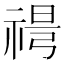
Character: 𥚜